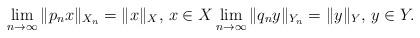
LaTeX: \begin{align*}\lim_{n \to \infty} \|p_n x\|_{X_n}=\|x\|_X, \, x \in X \lim_{n \to \infty} \|q_n y\|_{Y_n}=\|y\|_Y, \, y \in Y.\end{align*}